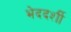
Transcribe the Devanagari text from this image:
भेददर्शी